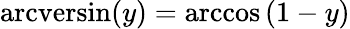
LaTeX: \operatorname{arcversin}(y)=\operatorname{arccos}\left(1-y\right)